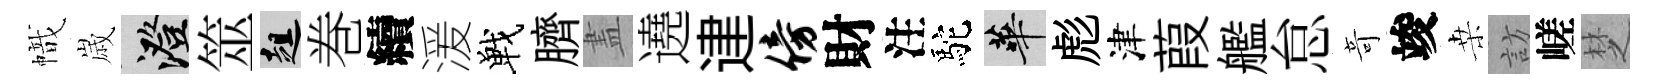
幟𡻕澄筮趄巻續湲戰臍𥁞遶䢖傍財注駝華彪津葭艦怠竒竣桒訪嵯椘